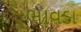
ભાવડા